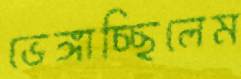
ভেঙ্গাচ্ছিলেম